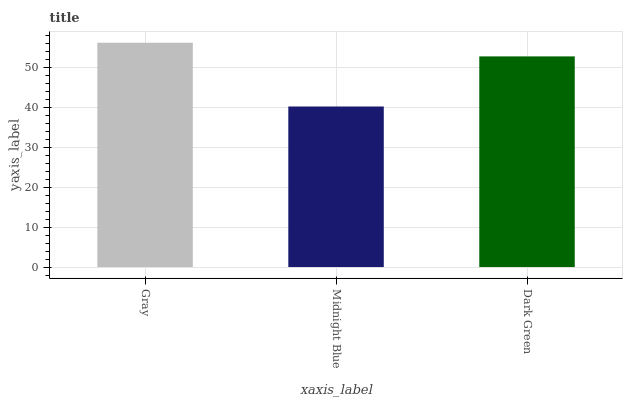
| xaxis_label | bars |
 | --- | --- |
 | Gray | 56.1 |
 | Midnight Blue | 40.2 |
 | Dark Green | 52.7 |